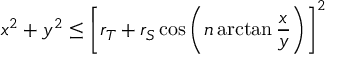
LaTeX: x ^ { 2 } + y ^ { 2 } \leq \left[ r _ { T } + r _ { S } \cos \left( n \arctan { \frac { x } { y } } \right) \right] ^ { 2 }